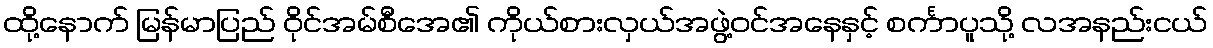
ထို့နောက် မြန်မာပြည် ဝိုင်အမ်စီအေ၏ ကိုယ်စားလှယ်အဖွဲ့ဝင်အနေနှင့် စင်္ကာပူသို့ လအနည်းငယ်